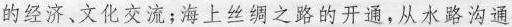
的经济、文化交流；海上丝绸之路的开通，从水路沟通